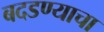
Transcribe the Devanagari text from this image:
बदडण्याचा